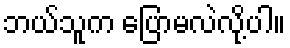
ဘယ်သူက ပြောမလဲလို့ပါ။